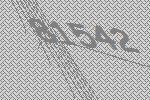
81542